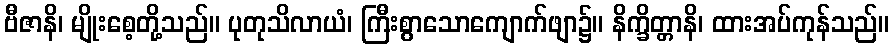
ဗီဇာနိ၊ မျိုးစေ့တို့သည်။ ပုတုသိလာယံ၊ ကြီးစွာသောကျောက်ဖျာ၌။ နိက္ခိတ္တာနိ၊ ထားအပ်ကုန်သည်။